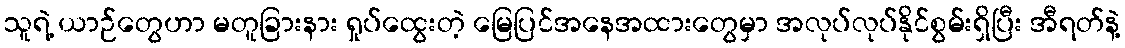
သူရဲ့ ယာဉ်တွေဟာ မတူခြားနား ရှုပ်ထွေးတဲ့ မြေပြင်အနေအထားတွေမှာ အလုပ်လုပ်နိုင်စွမ်းရှိပြီး အီရတ်နဲ့